Leaving Certificate Examination (including Day School Certificate (Higher) General paper), 1934
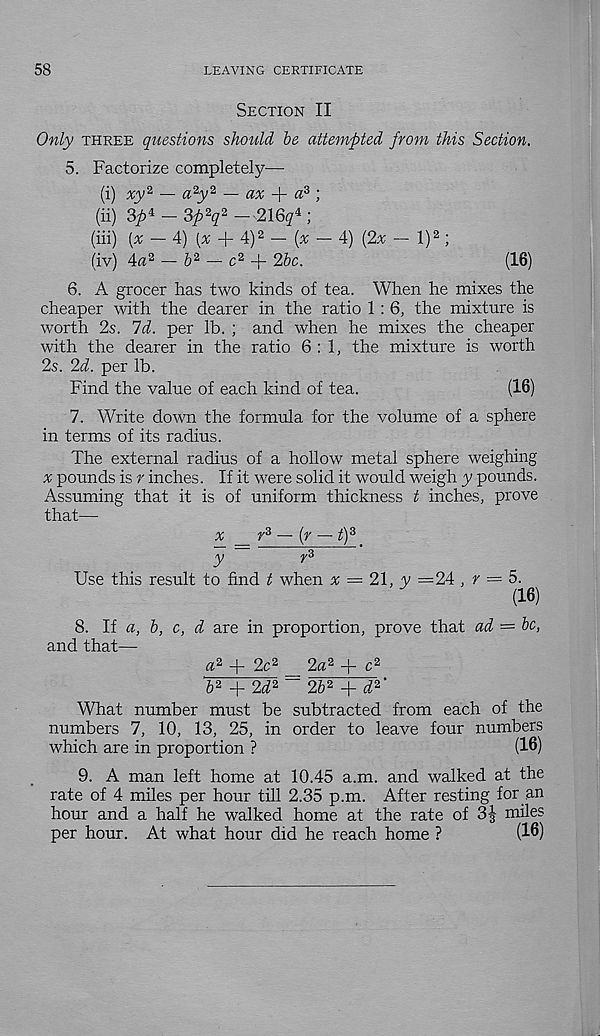
58
LEAVING CERTIFICATE
Section II
Only three questions should he attempted from this Section.
5. Factorize completely—
(i) yy 2 — « 2 y 2 — ax
a? )
(ii) ‘Sp i - 3pY — 216<7 4 ;
(iii) (x — 4)
+ 4) 2 — (% — 4) (2x — l) 2 ;
(iv) 4« 2 — 6 2 — c 2 + 25c.
(16)
6. A grocer has two kinds of tea. When he mixes the
cheaper with the dearer in the ratio 1 : 6, the mixture is
worth 2s. Id. per lb. ; and when he mixes the cheaper
with the dearer in the ratio 6:1, the mixture is worth
2s. 2d. per lb.
Find the value of each kind of tea.
(16)
7. Write down the formula for the volume of a sphere
in terms of its radius.
The external radius of a hollow metal sphere weighing
% pounds is r inches. If it were solid it would weigh y pounds.
Assuming that it is of uniform thickness t inches, prove
that—
x _ r 3 — (r — t) 3
y
r 3
Use this result to find t when x = 21, y =24 , r = 5.
(16)
8. If a, b, c, d are in proportion, prove that ad = be,
and that—
a 2 + 2c 2
2a 2 + c 2
6 2 + 2d 3 ~ 26 2 + d 3 '
What number must be subtracted from each of the
numbers 7, 10, 13, 25, in order to leave four numbers
which are in proportion ?
(16)
9. A man left home at 10.45 a.m. and walked at the
rate of 4 miles per hour till 2.35 p.m. After resting for an
hour and a half he walked home at the rate of 3J miles
per hour. At what hour did he reach home ?
(16)